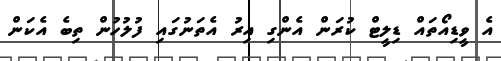
އެ ވީޑިއޯތައް ޑިލީޓް ކުރަން އެންގި އިރު އެތަނުގައި ފުލުހުން ތިބެ އެކަން